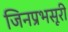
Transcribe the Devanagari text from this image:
जिनप्रभसूरी